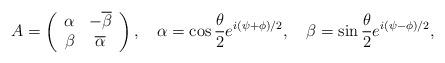
LaTeX: \begin{align*}A=\left(\begin{array}{cc}\alpha&-\overline{\beta}\\\beta&\overline{\alpha}\end{array}\right),\quad \alpha=\cos{{\theta}\over{2}}e^{i(\psi+\phi)/2},\quad\beta=\sin{{\theta}\over{2}}e^{i(\psi-\phi)/2},\end{align*}